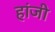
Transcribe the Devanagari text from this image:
हांजी